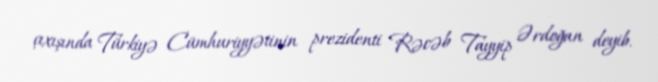
çıxışında Türkiyə Cümhuriyyətinin prezidenti Rəcəb Tayyip Ərdoğan deyib.